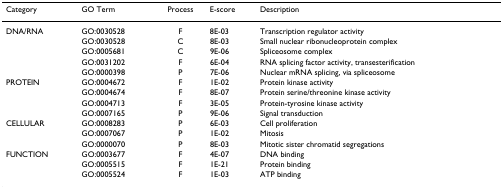
| Category | GO Term | Process | E-score | Description |
 | --- | --- | --- | --- | --- |
 | DNA/RNA | GO:0030528 | F | 8E-03 | Transcription regulator activity |
 |  | GO:0030528 | C | 8E-03 | Small nuclear ribonucleoprotein complex |
 |  | GO:0005681 | C | 9E-06 | Spliceosome complex |
 |  | GO:0031202 | F | 6E-04 | RNA splicing factor activity, transesterification |
 |  | GO:0000398 | P | 7E-06 | Nuclear mRNA splicing, via spliceosome |
 | PROTEIN | GO:0004672 | F | 1E-02 | Protein kinase activity |
 |  | GO:0004674 | F | 8E-07 | Protein serine/threonine kinase activity |
 |  | GO:0004713 | F | 3E-05 | Protein-tyrosine kinase activity |
 |  | GO:0007165 | P | 9E-06 | Signal transduction |
 | CELLULAR | GO:0008283 | P | 6E-03 | Cell proliferation |
 |  | GO:0007067 | P | 1E-02 | Mitosis |
 |  | GO:0000070 | P | 8E-03 | Mitotic sister chromatid segregations |
 | FUNCTION | GO:0003677 | F | 4E-07 | DNA binding |
 |  | GO:0005515 | F | 1E-21 | Protein binding |
 |  | GO:0005524 | F | 1E-03 | ATP binding |